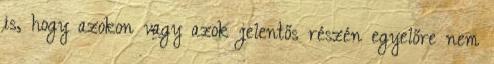
is, hogy azokon vagy azok jelentős részén egyelőre nem